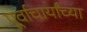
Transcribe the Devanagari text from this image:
पूर्वाचार्यांच्या